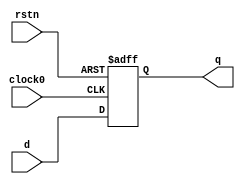
`timescale 1ns / 1ps
    /////////////////////////////////////////////////////////////
   // Rapid Silicon Raptor Example Design                      //
  // One flipflop example, with Verilator testbench            //
/////////////////////////////////////////////////////////////////

module dut  (input d,
              input rstn,
              input clock0,
              output reg q);
 
  always @ (posedge clock0 or negedge rstn) 
      begin
       if (!rstn)
          q <= 0;
       else
          q <= d;
      end    
endmodule